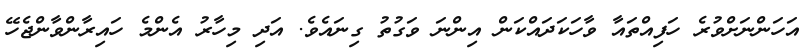
އަހަންނަށްވުރެ ހަފިއްތައާ ވާހަކަދައްކަން އިންނަ ވަގުތު ގިނައެވެ. އަދި މިހާރު އެންމެ ހައިރާންވާންޖެހޭ